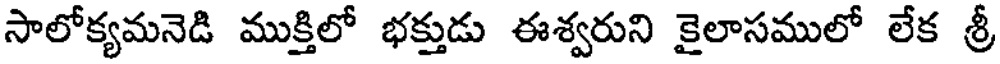
సాలోక్యమనెడి ముక్తిలో భక్తుడు ఈశ్వరుని కైలాసములో లేక శ్రీ